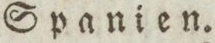
Spanien.